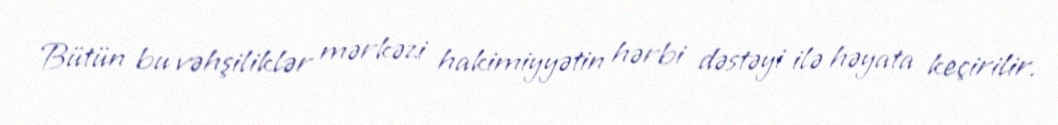
Bütün bu vəhşiliklər mərkəzi hakimiyyətin hərbi dəstəyi ilə həyata keçirilir.